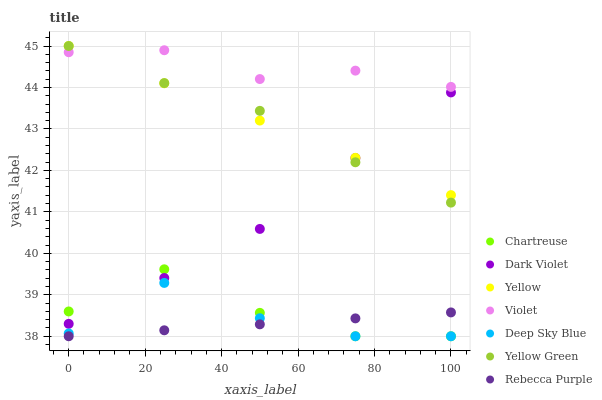
| xaxis_label | Chartreuse | Dark Violet | Yellow | Violet | Deep Sky Blue | Yellow Green | Rebecca Purple |
 | --- | --- | --- | --- | --- | --- | --- | --- |
 | 0 | 38.6 | 38.3 | 45 | 44.8 | 38.1 | 45 | 38 |
 | 25 | 39.6 | 39.4 | 44.1 | 44.9 | 39.3 | 44.1 | 38.1 |
 | 50 | 38.6 | 40.6 | 43.2 | 44.2 | 38.4 | 43.4 | 38.3 |
 | 75 | 38 | 42.3 | 42.3 | 44.4 | 38 | 42.2 | 38.4 |
 | 100 | 38 | 43.9 | 41.4 | 44 | 38 | 41.2 | 38.6 |